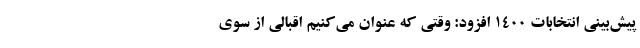
پیش‌بینی انتخابات ۱۴۰۰ افزود: وقتی که عنوان می‌کنیم اقبالی از سوی